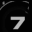
Digit: 7